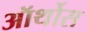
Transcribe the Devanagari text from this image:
ऑर्थोस